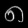
Digit: ၈